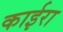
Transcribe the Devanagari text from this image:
काईरा